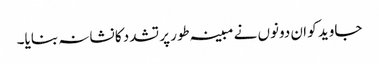
جاوید کو ان دونوں نے مبینہ طور پر تشدد کا نشانہ بنایا۔